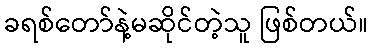
ခရစ်တော်နဲ့မဆိုင်တဲ့သူ ဖြစ်တယ်။